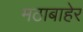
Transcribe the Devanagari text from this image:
मठाबाहेर